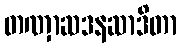
တဏှာဆဒနဆာဒိတာ